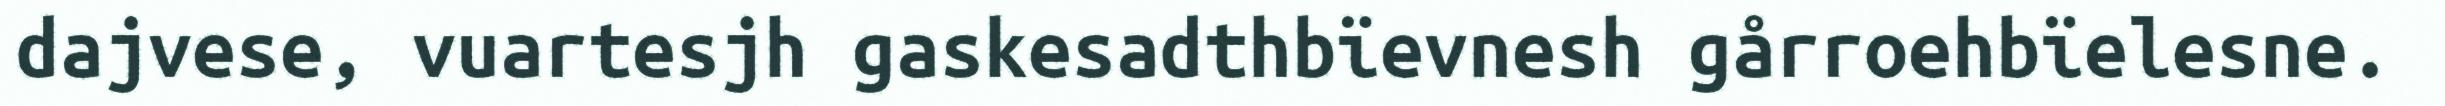
dajvese, vuartesjh gaskesadthbïevnesh gårroehbïelesne.